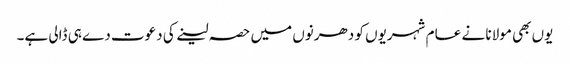
یوں بھی مولانا نے عا م شہریوں کو دھرنوں میں حصہ لینے کی دعوت دے ہی ڈالی ہے۔